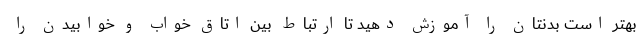
بهتر است بدنتان را آموزش دهید تا ارتباط بین اتاق خواب و خوابیدن را